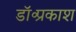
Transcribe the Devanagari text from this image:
डॉ॰प्रकाश